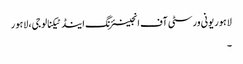
لاہور یونی ورسٹی آف انجینئرنگ اینڈ ٹیکنالوجی، لاہور
۔